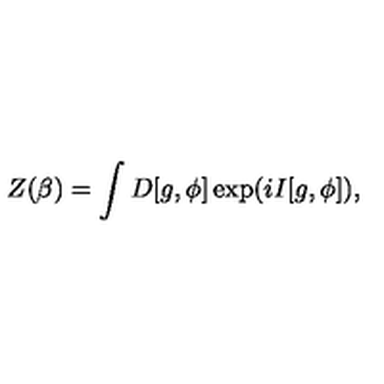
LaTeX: Z ( \beta ) = \int D [ g , \phi ] \exp ( i I [ g , \phi ] ) ,